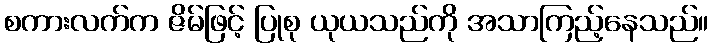
စကားလက်က ဇိမ်ဖြင့် ပြုစု ယုယသည်ကို အသာကြည့်နေသည်။